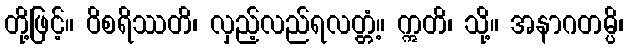
တို့ဖြင့်။ ဝိစရိဿတိ၊ လှည့်လည်ရလတ္တံ့။ ဣတိ၊ သို့။ အနာဂတမ္ပိ၊